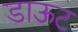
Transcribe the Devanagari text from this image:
डाऊट